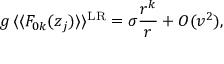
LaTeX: g \, \langle \langle F _ { 0 k } ( z _ { j } ) \rangle \rangle ^ { \mathrm { L R } } = \sigma \frac { r ^ { k } } { r } + O ( v ^ { 2 } ) ,